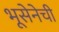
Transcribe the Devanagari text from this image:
भूसेनेची